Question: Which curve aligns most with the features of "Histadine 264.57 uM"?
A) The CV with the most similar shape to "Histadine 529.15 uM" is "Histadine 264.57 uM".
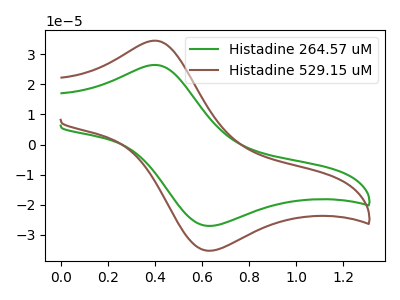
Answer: <think>The green curve "Histadine 264.57 uM" has an anodic peak at (0.40V, 26.45uA) and a cathodic peak at (0.65V, -27.00uA). The brown curve "Histadine 529.15 uM" has an anodic peak at (0.40V, 34.50uA) and a cathodic peak at (0.65V, -35.25uA).
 All the peaks in "Histadine 264.57 uM" have a peak in "Histadine 529.15 uM" at the same potential. Every peak in "Histadine 264.57 uM" is lower than every peak in "Histadine 529.15 uM".</think>
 <answer>A) The CV with the most similar shape to "Histadine 529.15 uM" is "Histadine 264.57 uM".</answer>
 <eval>A</eval>